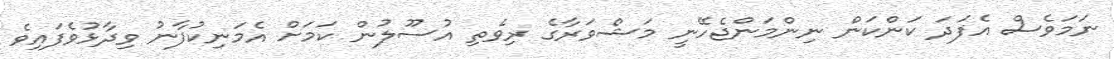
ނަމަވެސް އެފަދަ ކަންކަން ނިންމަންޖެހޭނީ މަޝްވަރާގެ ރިވެތި އުސޫލުން ކަމަށް އެމަނިކުފާނު ވިދާޅުވެފައިވެ